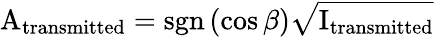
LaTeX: \mathrm{A}_{\mathrm{transmitted}}=\mathrm{sgn}\left(\cos{\beta}\right)\sqrt{\mathrm{I}_{\mathrm{transmitted}}}